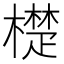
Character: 檚